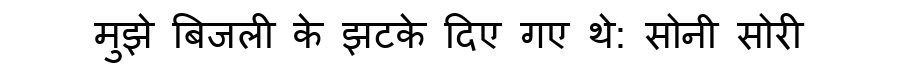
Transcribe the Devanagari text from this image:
मुझे बिजली के झटके दिए गए थे: सोनी सोरी